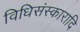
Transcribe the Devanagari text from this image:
विधिसंस्कारादि